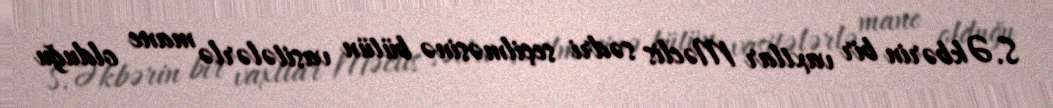
S.Əkbərin bir vaxtlar Məclis sədri seçilməsinə bütün vasitələrlə mane olduğu